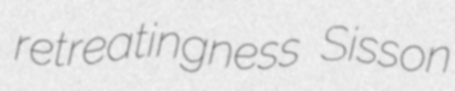
retreatingness Sisson